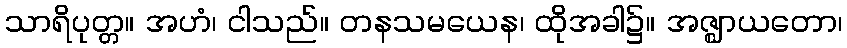
သာရိပုတ္တ။ အဟံ၊ ငါသည်။ တနသမယေန၊ ထိုအခါ၌။ အဇ္ဈာယတော၊